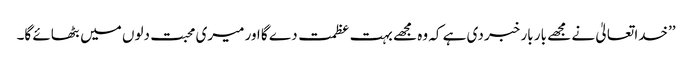
’’خدا تعالیٰ نے مجھے بار بار خبر دی ہے کہ وہ مجھے بہت عظمت دے گا اور میری محبت دلوں میں بٹھائے گا۔